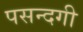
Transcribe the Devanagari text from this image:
पसन्दगी